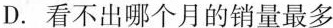
D. 看不出哪个月的销量最多